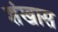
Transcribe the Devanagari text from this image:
शंखास